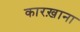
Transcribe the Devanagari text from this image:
कारख़ाना